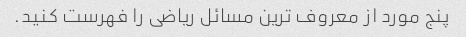
پنج مورد از معروف ترین مسائل ریاضی را فهرست کنید.